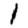
Digit: 1